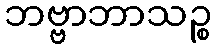
ဘဗ္ဗာဘာသဉ္စ